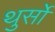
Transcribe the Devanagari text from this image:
थुर्सो